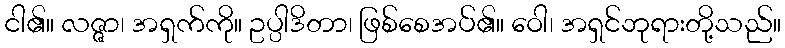
ငါ၏။ လဇ္ဇာ၊ အရှက်ကို။ ဥပ္ပါဒိတာ၊ ဖြစ်စေအပ်၏။ ဝေါ၊ အရှင်ဘုရားတို့သည်။